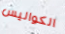
الكواليس